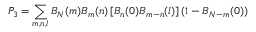
P _ { 3 } = \sum _ { m , n , l } B _ { N } ( m ) B _ { m } ( n ) \left[ B _ { n } ( 0 ) B _ { m - n } ( l ) \right] ( 1 - B _ { N - m } ( 0 ) )